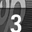
Digit: 3